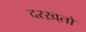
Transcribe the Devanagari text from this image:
दरख़्तो